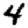
Digit: 4